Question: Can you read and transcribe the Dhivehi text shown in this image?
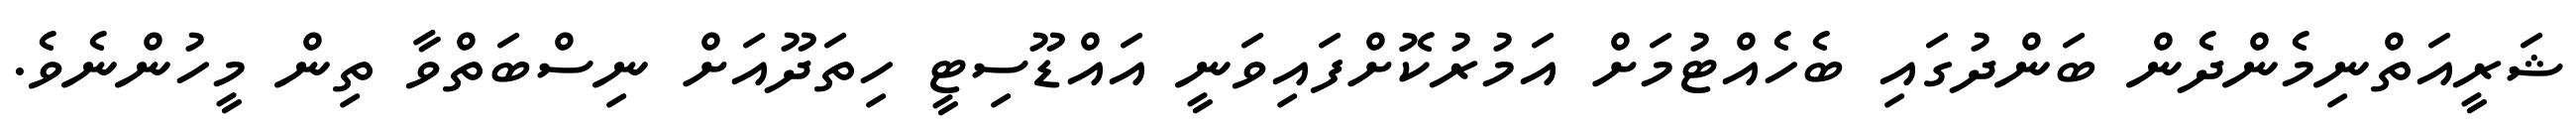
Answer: ޝަރީއަތްނިމެންދެން ބަންދުގައި ބެހެއްޓުމަށް އަމުރުކޮށްފައިވަނީ އައްޑޫސިޓީ ހިތަދޫއަށް ނިސްބަތްވާ ތިން މީހުންނެވެ.